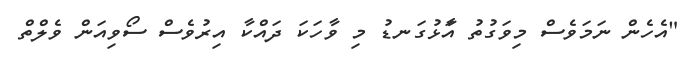
"އެހެން ނަމަވެސް މިވަގުތު އަާޅުގަނޑު މި ވާހަކަ ދައްކާ އިރުވެސް ސޯވިއަން ވެލްތް